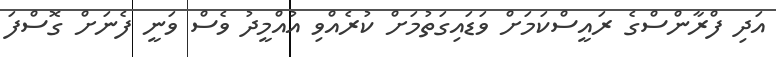
އަދި ފްރާންސްގެ ރައީސްކަމަށް ވަޑައިގަތުމަށް ކުރެއްވި އުއްމީދު ވެސް ވަނީ ފެނަށް ގޮސްފަ